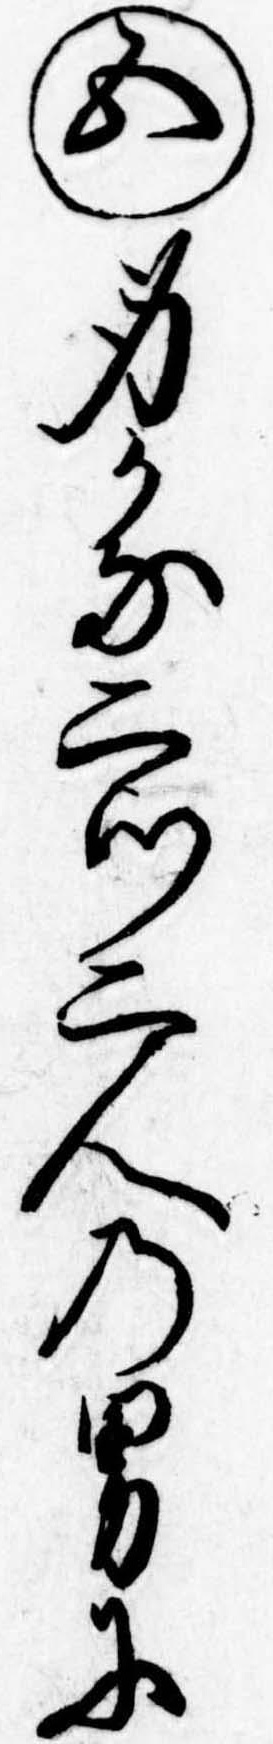
㊄身かな二つ二人の男に